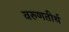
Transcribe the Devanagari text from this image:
वरुणतीर्थ